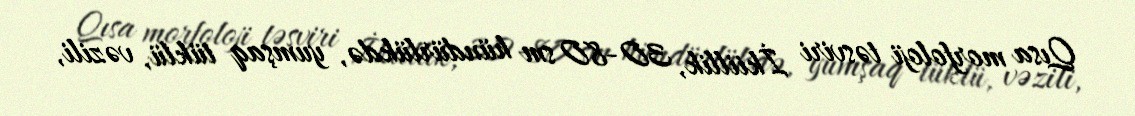
Qısa morfoloji təsviri İkiillik, 30-80 sm hündürlükdə, yumşaq tüklü, vəzili,